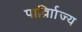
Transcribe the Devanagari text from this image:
पार्व्राािज्य